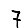
Digit: 7